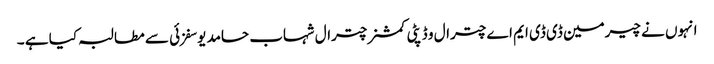
انہوں نے چیرمین ڈی ڈی ایم اے چترال و ڈپٹی کمشنر چترال شہاب حامد یوسفزئی سے مطالبہ کیا ہے ۔